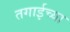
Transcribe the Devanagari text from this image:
तगाईच्या